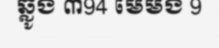
ឆ្លូង ៣94 មេមង 9